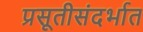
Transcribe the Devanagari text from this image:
प्रसूतीसंदर्भात